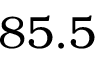
8 5 . 5